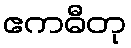
ဧကဓီတု